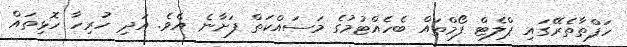
ހަފްތާތެރޭގައި ޕްލެޓް ފޯމްތައް ބެހެއްޓުމުގެ މަސައްކަތް ފަށާނެ އެވެ. އަދި ހުރިހާ ހޮޅިތައް